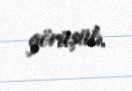
görüşüb.